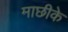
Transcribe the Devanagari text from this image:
माछीके